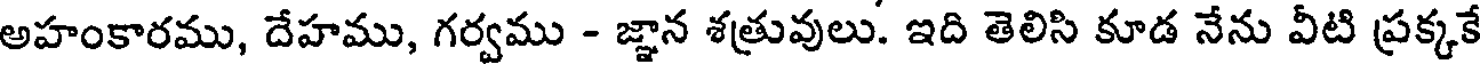
అహంకారము, దేహము, గర్వము - జ్ఞాన శత్రువులు. ఇది తెలిసి కూడ నేను వీటి ప్రక్కకే